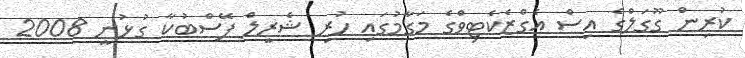
ކުރިން ގޫގަލްގެ އިސް އެގްޒެކެޓިވްގެ މަގާމުގައި ހުރި ޝެރީލް ފޭސްބުކާ ގުޅުނީ 2008